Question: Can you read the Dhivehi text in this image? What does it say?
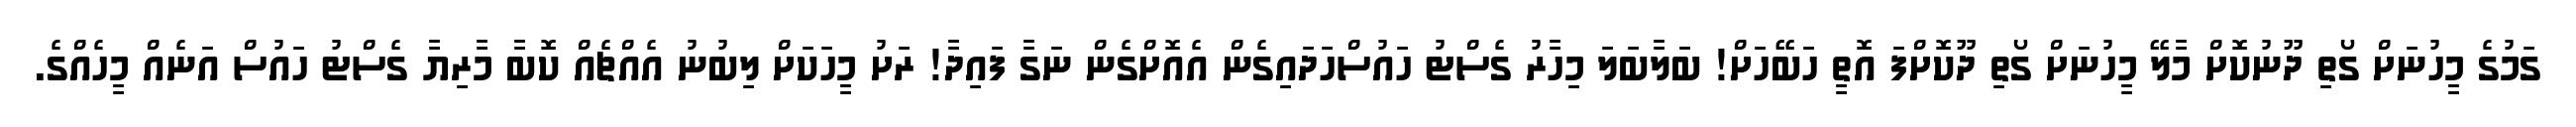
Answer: ގަމުގެ މީހުނަށް ގޯތި ދޫނުކޮށް މާލޭ މީހުނަށް ގޯތި ދޫކޮށްފަ އޮތީ ހަބޭހަށް! ބަލާބަލަ މިހާރު ގެސްޓު ހައުސްހަދައިގެން އެއޮށްގެން ނަގާ ފައިދާ! ރަށު މީހަކަށް ލިބުނު އެއްޗެއް ކޮބާ މާރިޔާ ގެސްޓު ހައުސް އަނެއް މީހެއްގެ.